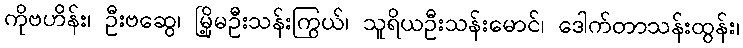
ကိုဗဟိန်း၊ ဦးဗဆွေ၊ မြို့မဦးသန်းကြွယ်၊ သူရိယဦးသန်းမောင်၊ ဒေါက်တာသန်းထွန်း၊